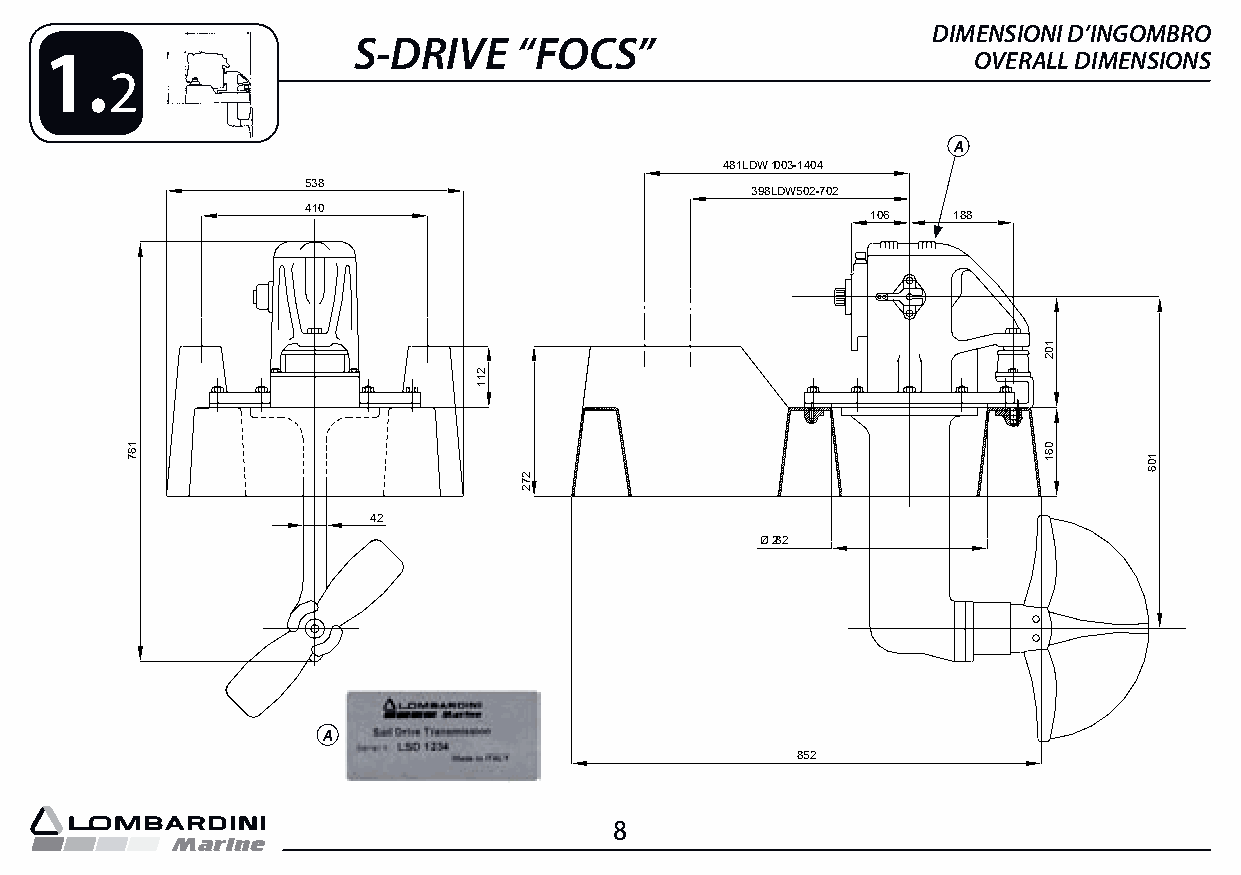
DIMENSIONI D’INGOMBRO
 S-DRIVE    “FOCS”
 1.                                                           OVERALL DIMENSIONS
 2
 A
 481LDW1003-1404
 538
 398LDW502-702
 410
 106  188
 42
 Ø282
 A
 852
 8
 167
 211
 272
 102
 061
 106